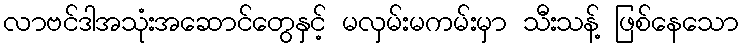
လာဗင်ဒါအသုံးအဆောင်တွေနှင့် မလှမ်းမကမ်းမှာ သီးသန့် ဖြစ်နေသော